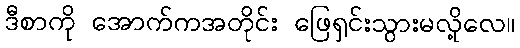
ဒီစာကို အောက်ကအတိုင်း ဖြေရှင်းသွားမလို့လေ။